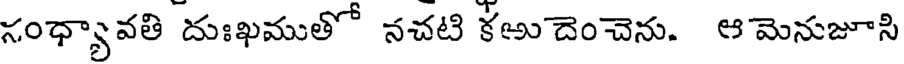
సంధ్యావతి దుఃఖముతో నచటి కఱు దెంచెను. ఆ మెనుజూసి